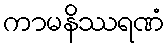
ကာမနိဿရဏံ